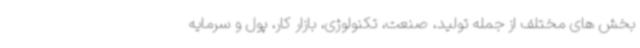
بخش های مختلف از جمله تولید، صنعت، تکنولوژی، بازار کار، پول و سرمایه